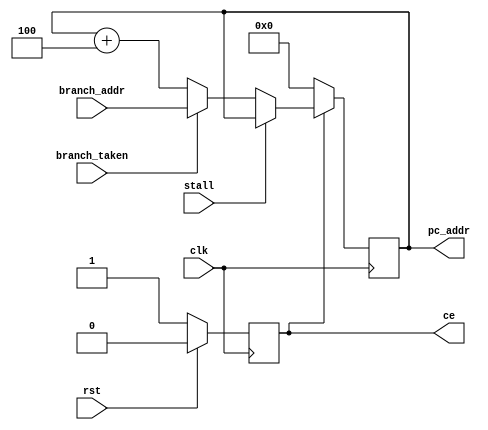
module pc(
    input clk,
    input rst,
    input stall,
    
    input branch_taken,
    input [31:0] branch_addr,
    
    output reg ce,
    output reg [31:0] pc_addr
);
always @ (posedge clk) begin
    if(rst) begin
        ce <= 1'b0;
    end
    else begin
        ce <= 1'b1;
    end
end

always @ (posedge clk) begin
    if(!ce) begin
        pc_addr <= 32'h00000000;
    end
    else begin
        if(stall) pc_addr <= pc_addr;
        else if(branch_taken) pc_addr <= branch_addr;
        else pc_addr <= pc_addr + 32'h4;
    end
end

endmodule